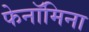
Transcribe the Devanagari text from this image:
फेनॉमिना